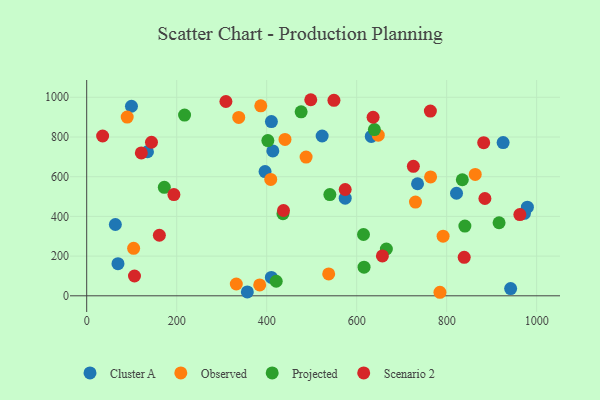
{"axis": {"x": "Experience", "y": "Yield"}, "legend": ["Cluster A", "Observed", "Projected", "Scenario 2"], "data": [{"x": "413.7", "y": 729.8, "type": "Cluster A"}, {"x": "925.5", "y": 772.1, "type": "Cluster A"}, {"x": "821.9", "y": 516.7, "type": "Cluster A"}, {"x": "972.9", "y": 415.7, "type": "Cluster A"}, {"x": "69.5", "y": 162.0, "type": "Cluster A"}, {"x": "979.4", "y": 446.5, "type": "Cluster A"}, {"x": "735.3", "y": 564.5, "type": "Cluster A"}, {"x": "410.4", "y": 92.8, "type": "Cluster A"}, {"x": "410.5", "y": 877.7, "type": "Cluster A"}, {"x": "632.5", "y": 802.6, "type": "Cluster A"}, {"x": "357.0", "y": 19.4, "type": "Cluster A"}, {"x": "523.3", "y": 805.1, "type": "Cluster A"}, {"x": "135.1", "y": 725.6, "type": "Cluster A"}, {"x": "942.2", "y": 36.4, "type": "Cluster A"}, {"x": "574.5", "y": 491.9, "type": "Cluster A"}, {"x": "63.7", "y": 359.1, "type": "Cluster A"}, {"x": "396.4", "y": 625.6, "type": "Cluster A"}, {"x": "99.5", "y": 954.8, "type": "Cluster A"}, {"x": "487.6", "y": 699.0, "type": "Observed"}, {"x": "90.0", "y": 900.2, "type": "Observed"}, {"x": "384.5", "y": 54.6, "type": "Observed"}, {"x": "537.8", "y": 110.2, "type": "Observed"}, {"x": "785.1", "y": 17.8, "type": "Observed"}, {"x": "440.7", "y": 787.7, "type": "Observed"}, {"x": "648.0", "y": 808.9, "type": "Observed"}, {"x": "792.1", "y": 300.6, "type": "Observed"}, {"x": "730.7", "y": 471.9, "type": "Observed"}, {"x": "764.3", "y": 598.8, "type": "Observed"}, {"x": "332.5", "y": 59.4, "type": "Observed"}, {"x": "337.9", "y": 898.5, "type": "Observed"}, {"x": "386.9", "y": 957.0, "type": "Observed"}, {"x": "409.0", "y": 586.4, "type": "Observed"}, {"x": "863.5", "y": 611.2, "type": "Observed"}, {"x": "104.3", "y": 239.2, "type": "Observed"}, {"x": "402.6", "y": 782.0, "type": "Projected"}, {"x": "476.6", "y": 927.0, "type": "Projected"}, {"x": "615.2", "y": 308.7, "type": "Projected"}, {"x": "666.0", "y": 235.7, "type": "Projected"}, {"x": "639.4", "y": 837.1, "type": "Projected"}, {"x": "421.2", "y": 73.3, "type": "Projected"}, {"x": "616.4", "y": 144.1, "type": "Projected"}, {"x": "436.2", "y": 413.6, "type": "Projected"}, {"x": "217.5", "y": 910.6, "type": "Projected"}, {"x": "834.8", "y": 584.7, "type": "Projected"}, {"x": "172.5", "y": 546.6, "type": "Projected"}, {"x": "540.4", "y": 509.8, "type": "Projected"}, {"x": "916.5", "y": 368.1, "type": "Projected"}, {"x": "840.5", "y": 351.2, "type": "Projected"}, {"x": "636.5", "y": 899.4, "type": "Scenario 2"}, {"x": "657.2", "y": 200.9, "type": "Scenario 2"}, {"x": "726.0", "y": 652.1, "type": "Scenario 2"}, {"x": "549.5", "y": 984.6, "type": "Scenario 2"}, {"x": "106.2", "y": 99.7, "type": "Scenario 2"}, {"x": "574.5", "y": 535.6, "type": "Scenario 2"}, {"x": "839.0", "y": 194.0, "type": "Scenario 2"}, {"x": "882.3", "y": 771.5, "type": "Scenario 2"}, {"x": "885.0", "y": 490.2, "type": "Scenario 2"}, {"x": "962.7", "y": 409.3, "type": "Scenario 2"}, {"x": "144.0", "y": 773.5, "type": "Scenario 2"}, {"x": "193.8", "y": 509.9, "type": "Scenario 2"}, {"x": "437.4", "y": 429.8, "type": "Scenario 2"}, {"x": "161.5", "y": 305.0, "type": "Scenario 2"}, {"x": "498.0", "y": 987.7, "type": "Scenario 2"}, {"x": "35.4", "y": 805.0, "type": "Scenario 2"}, {"x": "121.4", "y": 719.6, "type": "Scenario 2"}, {"x": "309.4", "y": 978.7, "type": "Scenario 2"}, {"x": "763.8", "y": 930.5, "type": "Scenario 2"}]}